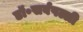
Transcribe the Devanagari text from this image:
डॉ॰सर्वपल्ली